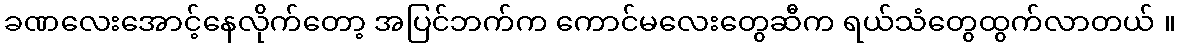
ခဏလေးအောင့်နေလိုက်တော့ အပြင်ဘက်က ကောင်မလေးတွေဆီက ရယ်သံတွေထွက်လာတယ် ။